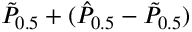
\tilde { P } _ { 0 . 5 } + ( \hat { P } _ { 0 . 5 } - \tilde { P } _ { 0 . 5 } )